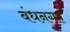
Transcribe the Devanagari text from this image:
बंधनगृह